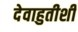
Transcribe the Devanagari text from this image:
देवाहुतीशी